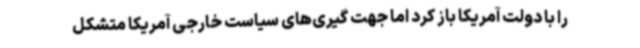
را با دولت آمریکا باز کرد اما جهت گیری‌های سیاست خارجی آمریکا متشکل